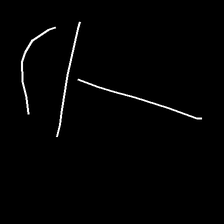
Glyph: dispersion